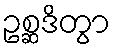
ဥစ္ဆဒိတွာ